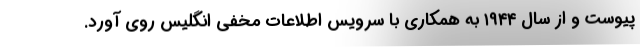
پیوست و از سال ۱۹۴۴ به همکاری با سرویس اطلاعات مخفی انگلیس روی آورد.